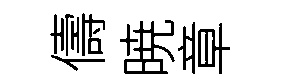
儔暁章